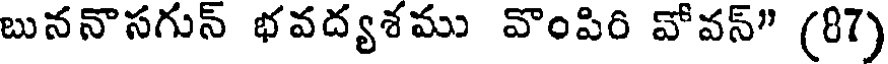
బుననొసగున్ భవద్యశము వొంపిరి వోవన్" (87)